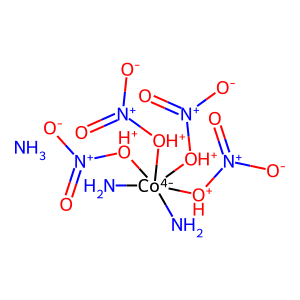
SMILES: N.N[Co-4](N)([OH+][N+](=O)[O-])([OH+][N+](=O)[O-])([OH+][N+](=O)[O-])[OH+][N+](=O)[O-]
Inhibits HIV replication: No